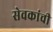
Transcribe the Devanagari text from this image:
सेवकांची